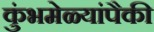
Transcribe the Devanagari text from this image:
कुंभमेळ्यांपैकी